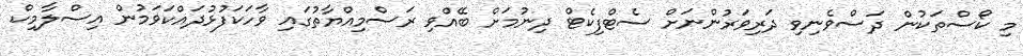
މި ކޯސްތަކުން ދަސްވެނިވި ދަރިވަރުންނަށް ސެޓްފިކެޓް ދިނުމަށް ބޭއްވި ރަސްމިއްޔާތުގައި ވާހަކަފުޅުދައްކަވަމުން އިސްލާމިކް